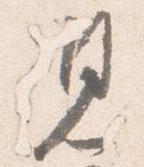
見